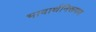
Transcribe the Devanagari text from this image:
भावार्थनिरूपण